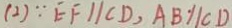
( 2 ) \because E F / / C D , A B / / C D